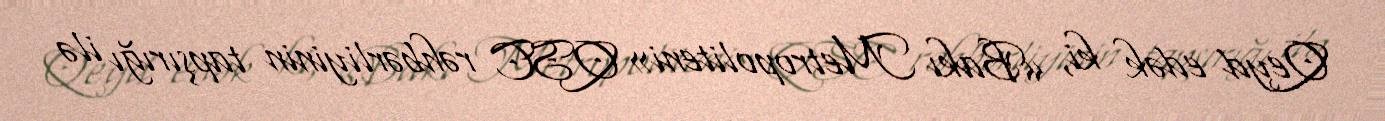
Qeyd edək ki, «Bakı Metropoliteni» QSC rəhbərliyinin tapşırığı ilə